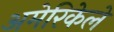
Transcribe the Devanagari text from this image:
अमेरिकेले